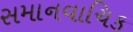
સમાનવાચિક